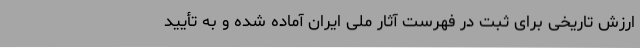
ارزش تاریخی برای ثبت در فهرست آثار ملی ایران آماده شده و به تأیید